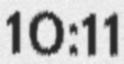
10:11